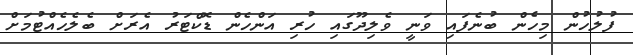
ފުލުހުން މިހެން ބުނެފައި ވަނީ ވެލިދޫގައި ހުރި އަންހެން ޑޮކްޓަރު އެރަށް ބެލެހެއްޓުމަށް